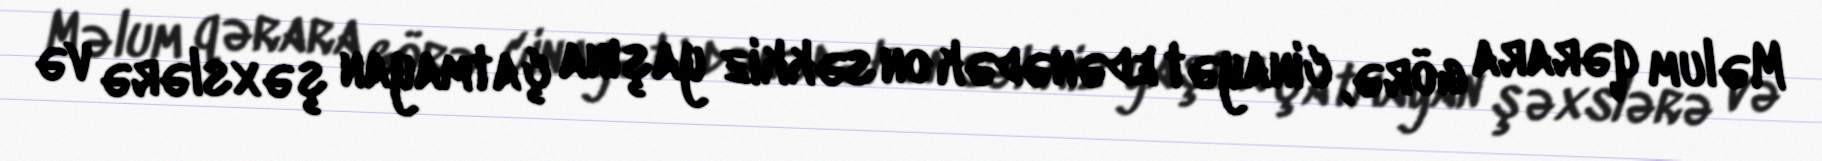
Məlum qərara görə, cinayət edənədək on səkkiz yaşına çatmayan şəxslərə və